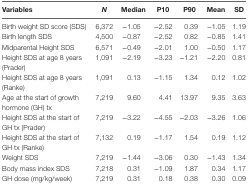
<table><thead><tr><td><b>Variables</b></td><td><b><i>N</i></b></td><td><b>Median</b></td><td><b>P10</b></td><td><b>P90</b></td><td><b>Mean</b></td><td><b>SD</b></td></tr></thead><tbody><tr><td>Birth weight SD score (SDS)</td><td>6,372</td><td>−1.05</td><td>−2.52</td><td>0.39</td><td>−1.05</td><td>1.19</td></tr><tr><td>Birth length SDS</td><td>4,500</td><td>−0.87</td><td>−2.52</td><td>0.82</td><td>−0.85</td><td>1.41</td></tr><tr><td>Midparental Height SDS</td><td>6,571</td><td>−0.49</td><td>−2.01</td><td>1.00</td><td>−0.50</td><td>1.17</td></tr><tr><td>Height SDS at age 8 years (Prader)</td><td>1,091</td><td>−2.19</td><td>−3.23</td><td>−1.21</td><td>−2.20</td><td>0.81</td></tr><tr><td>Height SDS at age 8 years (Ranke)</td><td>1,091</td><td>0.13</td><td>−1.15</td><td>1.34</td><td>0.12</td><td>1.02</td></tr><tr><td>Age at the start of growth hormone (GH) tx</td><td>7,219</td><td>9.60</td><td>4.41</td><td>13.97</td><td>9.35</td><td>3.63</td></tr><tr><td>Height SDS at the start of GH tx (Prader)</td><td>7,219</td><td>−3.22</td><td>−4.55</td><td>−2.03</td><td>−3.26</td><td>1.06</td></tr><tr><td>Height SDS at the start of GH tx (Ranke)</td><td>7,132</td><td>0.19</td><td>−1.17</td><td>1.54</td><td>0.19</td><td>1.12</td></tr><tr><td>Weight SDS</td><td>7,219</td><td>−1.44</td><td>−3.06</td><td>0.30</td><td>−1.43</td><td>1.34</td></tr><tr><td>Body mass index SDS</td><td>7,218</td><td>0.31</td><td>−1.09</td><td>1.87</td><td>0.34</td><td>1.17</td></tr><tr><td>GH dose (mg/kg/week)</td><td>7,219</td><td>0.31</td><td>0.18</td><td>0.38</td><td>0.30</td><td>0.09</td></tr></tbody></table>